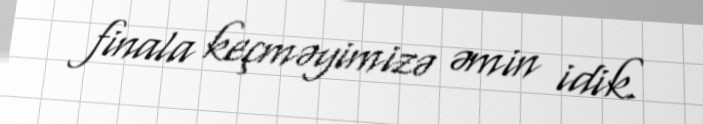
finala keçməyimizə əmin idik.